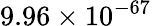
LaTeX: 9.96\times 10^{-67}